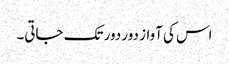
اس کی آواز دور دور تک جاتی۔